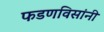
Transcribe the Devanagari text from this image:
फडणविसांनी